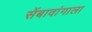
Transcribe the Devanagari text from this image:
सेंबावांगाला